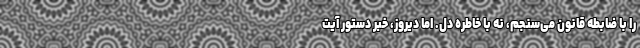
را با ضابطه قانون می‌سنجم، نه با خاطره دل. اما دیروز، خبر دستور آیت